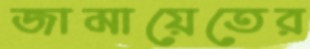
জামায়েতের